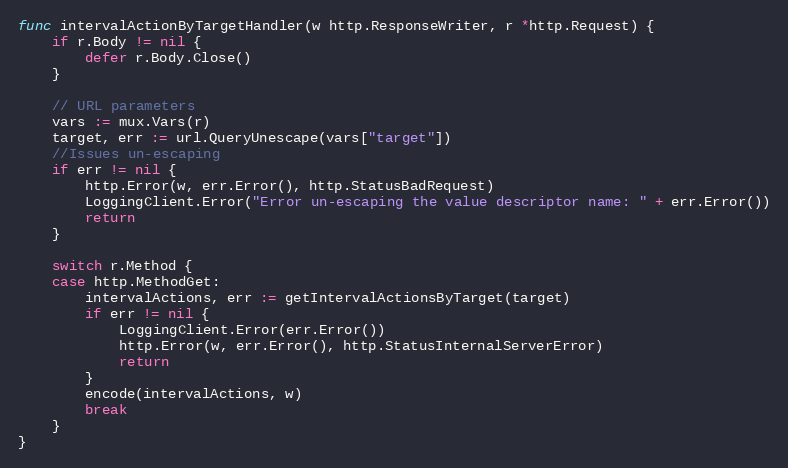
Language: Go
func intervalActionByTargetHandler(w http.ResponseWriter, r *http.Request) {
	if r.Body != nil {
		defer r.Body.Close()
	}

	// URL parameters
	vars := mux.Vars(r)
	target, err := url.QueryUnescape(vars["target"])
	//Issues un-escaping
	if err != nil {
		http.Error(w, err.Error(), http.StatusBadRequest)
		LoggingClient.Error("Error un-escaping the value descriptor name: " + err.Error())
		return
	}

	switch r.Method {
	case http.MethodGet:
		intervalActions, err := getIntervalActionsByTarget(target)
		if err != nil {
			LoggingClient.Error(err.Error())
			http.Error(w, err.Error(), http.StatusInternalServerError)
			return
		}
		encode(intervalActions, w)
		break
	}
}